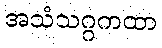
အသံသဂ္ဂကထာ